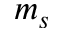
m _ { s }